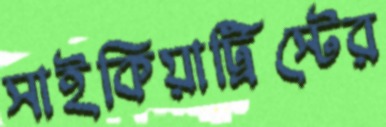
সাইকিয়াট্রিস্টের